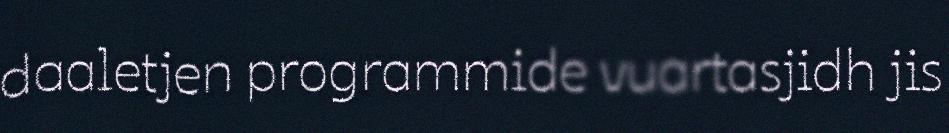
daaletjen programmide vuartasjidh jis